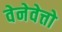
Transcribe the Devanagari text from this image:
वेनेवेत्तो